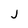
Character: j